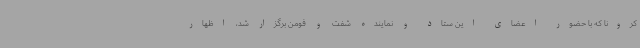
کرونا که با حضور اعضای این ستاد و نماینده شفت و فومن برگزار شد، اظهار